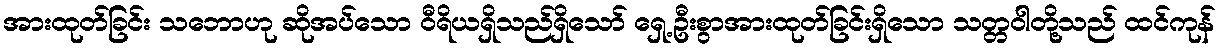
အားထုတ်ခြင်း သဘောဟု ဆိုအပ်သော ဝီရိယရှိသည်ရှိသော် ရှေ့ဦးစွာအားထုတ်ခြင်းရှိသော သတ္တဝါတို့သည် ထင်ကုန်